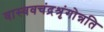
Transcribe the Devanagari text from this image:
वास्ववचंद्रश्रृंगोन्नति